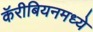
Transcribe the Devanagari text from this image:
कॅरीबियनमध्ये